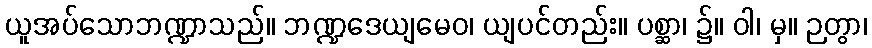
ယူအပ်သောဘဏ္ဍာသည်။ ဘဏ္ဍဒေယျမေဝ၊ ယျပင်တည်း။ ပစ္ဆာ၊ ၌။ ဝါ၊ မှ။ ဉတွာ၊